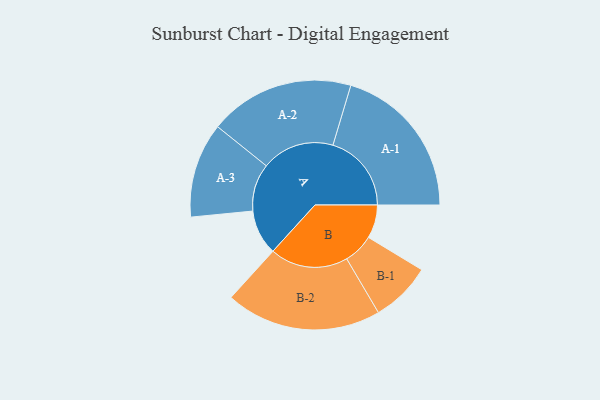
{"axis": {"x": "Segment", "y": "Value"}, "legend": ["", "A", "B"], "data": [{"x": "A", "y": 170, "type": ""}, {"x": "B", "y": 126, "type": ""}, {"x": "A-1", "y": 296, "type": "A"}, {"x": "A-2", "y": 274, "type": "A"}, {"x": "A-3", "y": 179, "type": "A"}, {"x": "B-1", "y": 114, "type": "B"}, {"x": "B-2", "y": 294, "type": "B"}]}